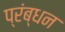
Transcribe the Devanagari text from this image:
प्रंब्धन